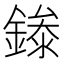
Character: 𬫾